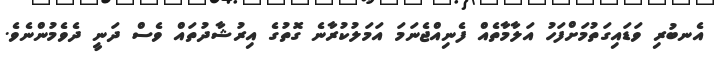
އެނބުރި ވަޑައިގަތުމަށްފަހު އަލާމާތެއް ފެނިއްޖެނަމަ އަމަލުކުރާނެ ގޮތުގެ އިރުޝާދުތައް ވެސް ދަނީ ދެވެމުންނެވެ.